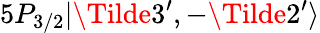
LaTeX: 5P_{3/2}|\Tilde{3}^{\prime},-\Tilde{2}^{\prime}\rangle